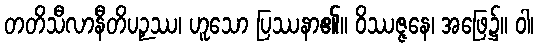
တတိသီလာနီတိပဉှဿ၊ ဟူသော ပြဿနာ၏။ ဝိဿဇ္ဇနေ၊ အဖြေ၌။ ဝါ၊